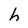
Character: h